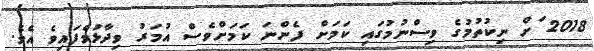
2018 ަށް ނިކުތުމުގެ ވިސްނުމުގައި ކަމަށް ފެންނަ ކަމަށްވެސް އުމަރު ވިދާޅުވެފައިވެ އެވެ.